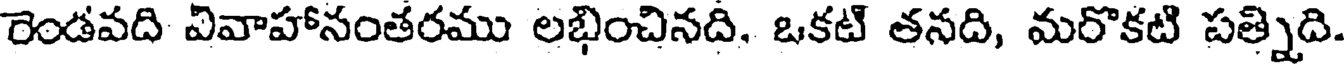
రెండవది వివాహాసంతరము లభించినది. ఒకటి తనది, మరొకటి పత్నిది.